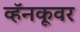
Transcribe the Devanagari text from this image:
व्हॅनकूवर